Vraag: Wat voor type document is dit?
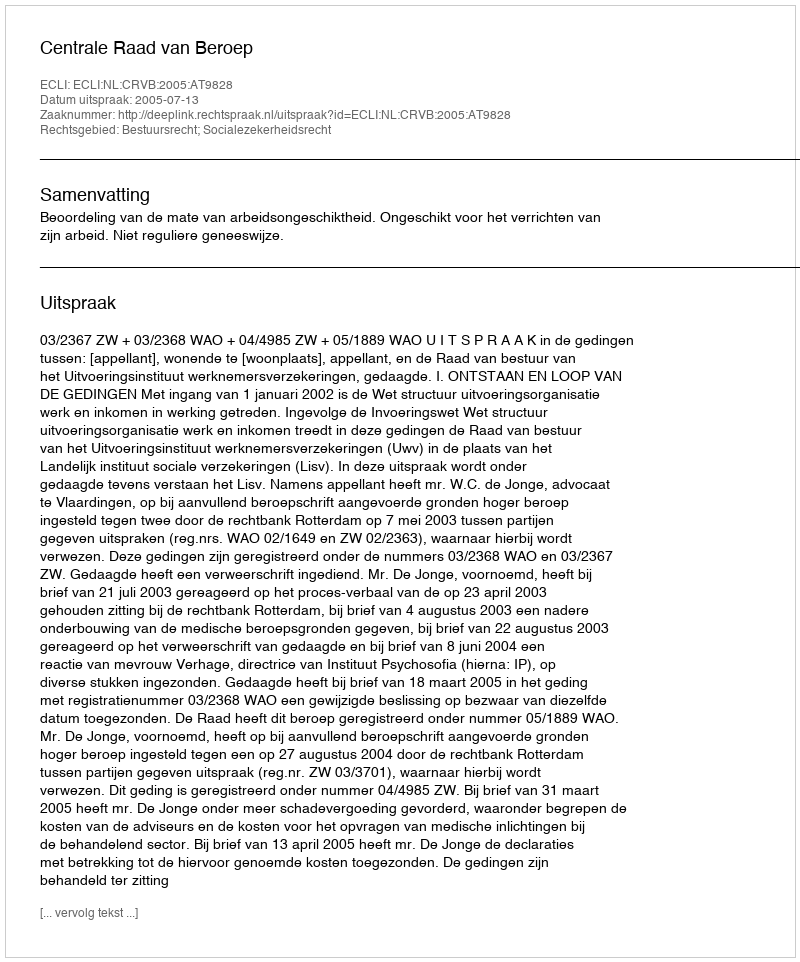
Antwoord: Uitspraak